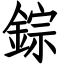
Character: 錝